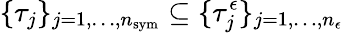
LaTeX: \{ \tau_{j}\} _{j=1,\dots,n_{\mathrm{sym}}}\subseteq\{ \tau_{j}^{\epsilon}\} _{j=1,\dots,n_{\epsilon}}